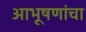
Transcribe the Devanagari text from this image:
आभूषणांचा